Leaving Certificate, 1897
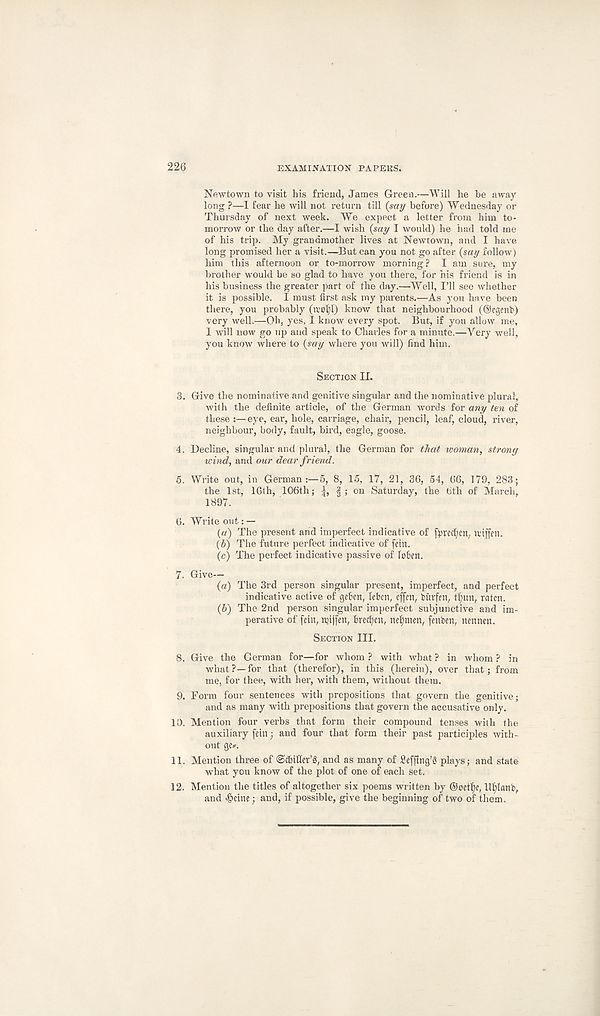
226
EXAMINATION PAPERS.
Newtown to visit his friend, James Green.—Will he be away
long ?—I fear he will not return till (say before) Wednesday or
Thursday of next week. We expect a letter from him to-
morrow or the day after.—I wish (say I would) he had told me
of his trip. My grandmother lives at Newtown, and I have
long promised her a visit.—But can you not go after (say follow)
him this afternoon or to-morrow morning? I am sure, my
brother would be so glad to have you there, for his friend is in
his business the greater part of the day.—Well, I’ll see whether
it is possible. I must first ask my parents.—As you have been
there, you probably (iro^l) know that neighbourhood (®egent>)
very well.—Oh, yes, I know every spot. But, if you allow me,
I will now go up and speak to Charles for a minute.—Very well,
you know where to (say where you will) find him.
SECTION II.
3. Give the nominative and genitive singular and the nominative plural,
with the definite article, of the German words for any ten of
these :—eye, ear, hole, carriage, chair, pencil, leaf, cloud, river,
neighbour, body, fault, bird, eagle, goose.
4. Decline, singular and plural, the German for that woman, strong
wind, and our dear friend.
5. Write out, in German
5, 8, 15, 17, 21, 36, 54, 66, 179, 283;
the 1st, 16lh, 106th;
| ; on Saturday, the b'th of March,
1897.
6. Write out: —
(a) The present and imperfect indicative of (precfycn. It'iffen.
(b) The future perfect indicative of fein.
(c) The perfect indicative passive of lo&ett.
7. Give—
(a) The 3rd person singular present, imperfect, and perfect
indicative active of geficn, lekn, cffen, burfett, tfjun, ratcn.
(b) The 2nd person singular imperfect subjunctive and im-
perative of fein, njiffen, firemen, nel)men, fenben, nennen.
SECTION III.
8. Give the German for—for whom ? with what ? in whom ? in
what ?— for that (therefor), in this (herein), over that; from
me, for thee, with her, with them, without them.
9. Form four sentences with prepositions that govern the genitive;
and as many with prepositions that govern the accusative only.
10. Mention four verbs that form their compound tenses with the
auxiliary fein; and four that form their past participles with-
out gc*.
11. Mention three of ©ctntler’g, and as many of £eff!ng’§ plays; and state
what you know of the plot of one of each set.
12. Mention the titles of altogether six poems written by @cetf)e, lllilanb,
and «§eine; and, if possible, give the beginning of two of them.